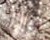
ستيفن